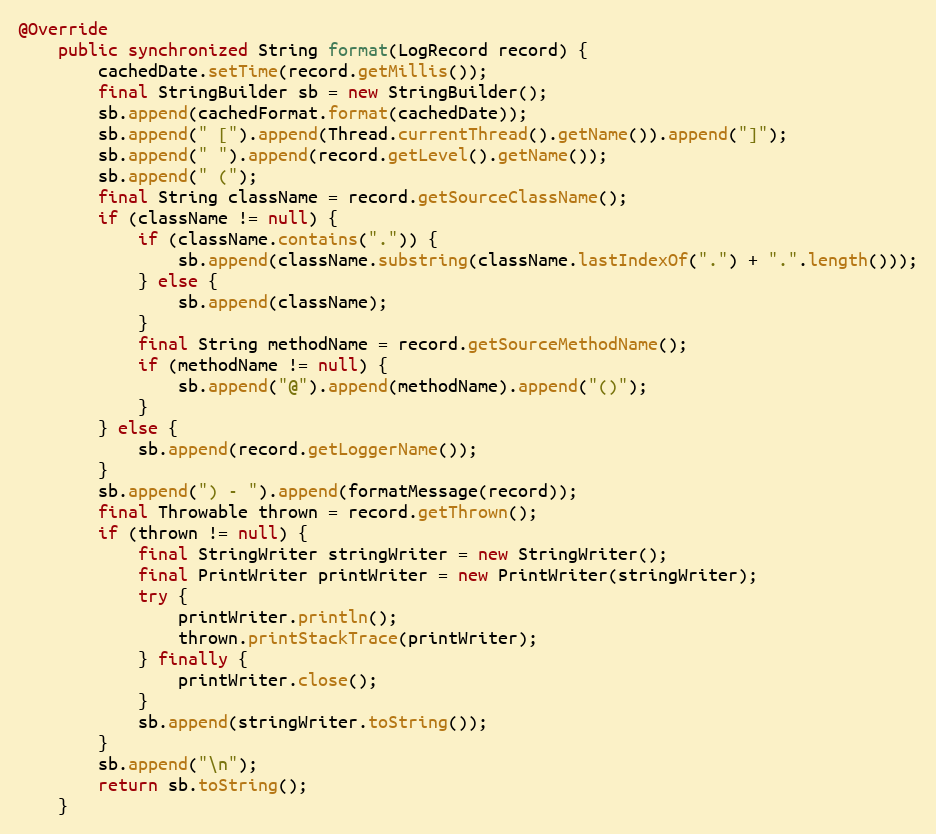
Language: Java
@Override
    public synchronized String format(LogRecord record) {
        cachedDate.setTime(record.getMillis());
        final StringBuilder sb = new StringBuilder();
        sb.append(cachedFormat.format(cachedDate));
        sb.append(" [").append(Thread.currentThread().getName()).append("]");
        sb.append(" ").append(record.getLevel().getName());
        sb.append(" (");
        final String className = record.getSourceClassName();
        if (className != null) {
            if (className.contains(".")) {
                sb.append(className.substring(className.lastIndexOf(".") + ".".length()));
            } else {
                sb.append(className);
            }
            final String methodName = record.getSourceMethodName();
            if (methodName != null) {
                sb.append("@").append(methodName).append("()");
            }
        } else {
            sb.append(record.getLoggerName());
        }
        sb.append(") - ").append(formatMessage(record));
        final Throwable thrown = record.getThrown();
        if (thrown != null) {
            final StringWriter stringWriter = new StringWriter();
            final PrintWriter printWriter = new PrintWriter(stringWriter);
            try {
                printWriter.println();
                thrown.printStackTrace(printWriter);
            } finally {
                printWriter.close();
            }
            sb.append(stringWriter.toString());
        }
        sb.append("\n");
        return sb.toString();
    }